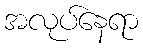
အလုပ်နေရာ